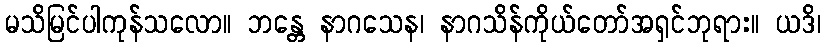
မသိမြင်ပါကုန်သလော။ ဘန္တေ နာဂသေန၊ နာဂသိန်ကိုယ်တော်အရှင်ဘုရား။ ယဒိ၊